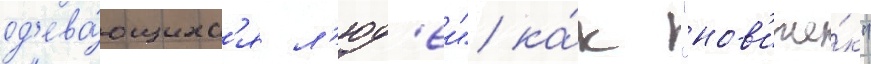
од'ева́ющихс'я л'юд'еи" ка́к "нов'ичо́к"